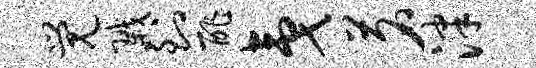
觉戮到酢夷茗泮